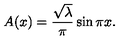
A ( x ) = { \frac { \sqrt \lambda } { \pi } } \sin \pi x .